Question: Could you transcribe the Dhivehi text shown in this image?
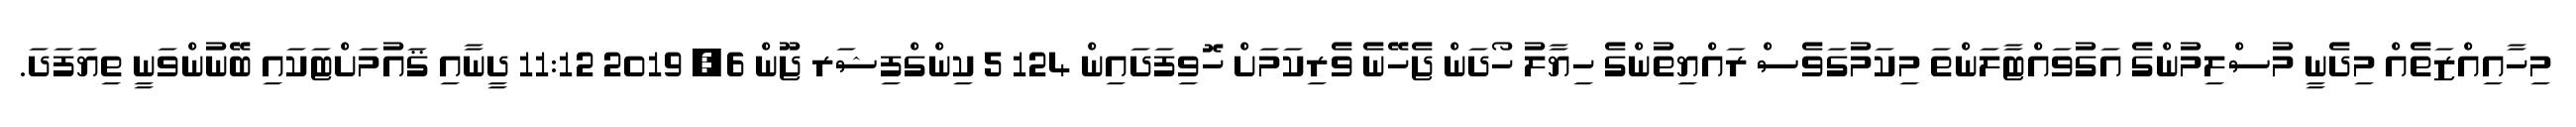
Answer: މިހާއިއްޒަތެއް މިދެނީ މުސްލިމުންގެ އަގުވައްޓާލަންތަ މިކަމުގަވެސް ރައްޔިތުންގެ ހިޔާލު ހޯދަން ޖެހޭނެ ވެރިކަމަށް ހޮވިފަދައިން 124 5 ކިންގްފިޝަރ ޖޫން 6, 2019 11:12 ދީނާއި ޤައުމަށްޓަކައި ބޭނުންވަނީ ތިޔަފަދަ.